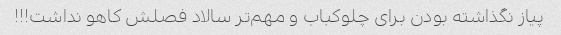
پیاز نگذاشته بودن برای چلوکباب و مهم‌تر سالاد فصلش کاهو نداشت!!!